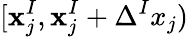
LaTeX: [\mathbf{x}_{j}^{I},\mathbf{x}_{j}^{I}+\Delta^{I}x_{j})